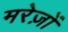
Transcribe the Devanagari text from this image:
मरेज़ों